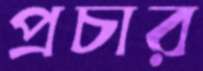
প্রচার